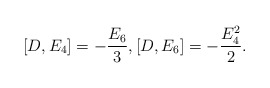
\begin{align*} [D,E_4] = -\frac{E_6}{3},[D,E_6] = -\frac{E_4^2}{2}.\end{align*}